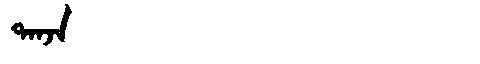
Manchu: ᡨᠠᠨᠵᠠ
Romanization: TANJA